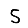
Digit: 5